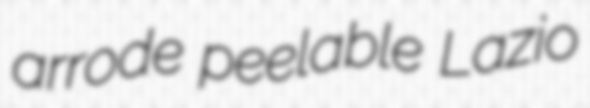
arrode peelable Lazio